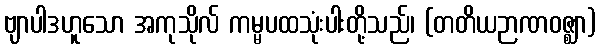
ဗျာပါဒဟူသော အကုသိုလ် ကမ္မပထသုံးပါးတို့သည်၊ (တတိယဉာဏဝဇ္ဈာ)